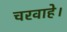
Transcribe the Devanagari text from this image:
चरवाहे।